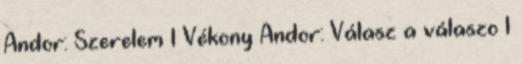
Andor: Szerelem 1 Vékony Andor: Válasz a válaszo 1